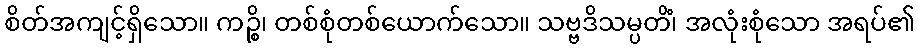
စိတ်အကျင့်ရှိသော။ ကဉ္စိ၊ တစ်စုံတစ်ယောက်သော။ သဗ္ဗဒိသမ္ပတိံ၊ အလုံးစုံသော အရပ်၏